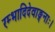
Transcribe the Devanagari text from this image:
रम्भादिदेवाङ्गनाः।